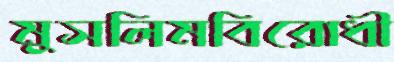
মুসলিমবিরোধী